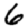
Digit: 6